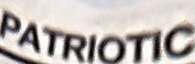
PATRIOTIC